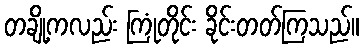
တချို့ကလည်း ကြုံတိုင်း ခိုင်းတတ်ကြသည်။